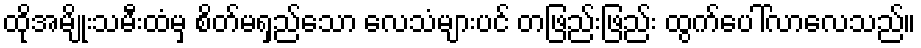
ထိုအမျိုးသမီးထံမှ စိတ်မရှည်သော လေသံများပင် တဖြည်းဖြည်း ထွက်ပေါ်လာလေသည်။